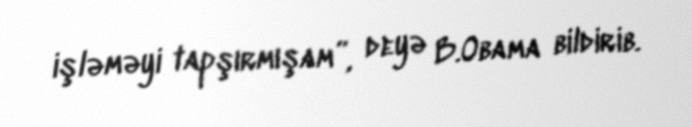
işləməyi tapşırmışam”, deyə B.Obama bildirib.